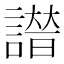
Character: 𧫭